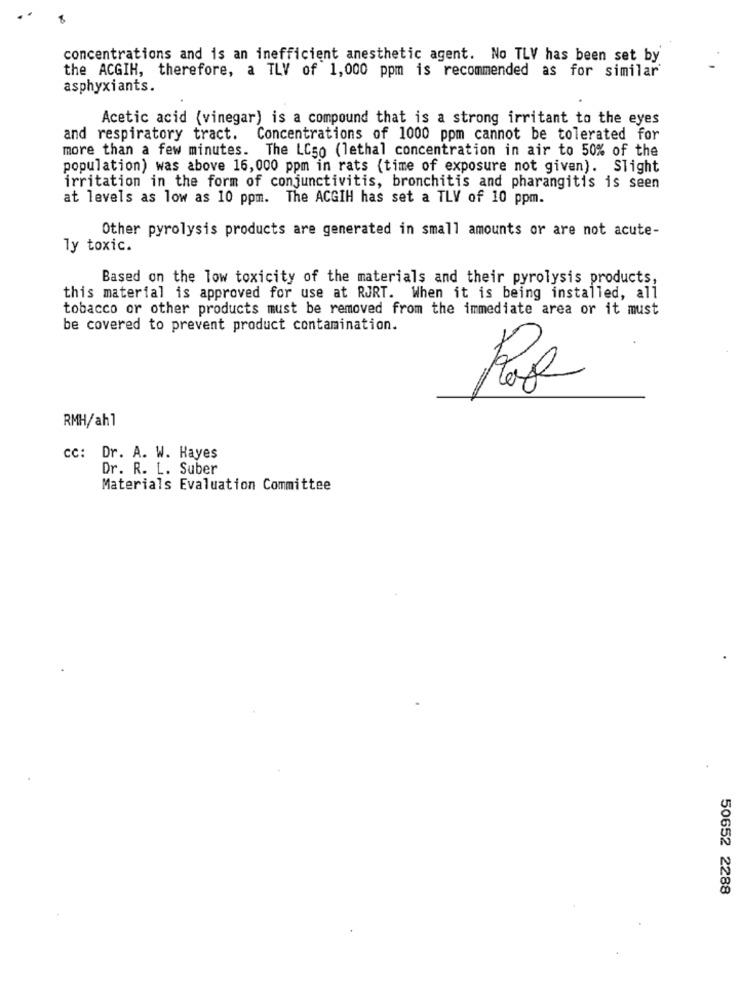
concentrations and is an inefficient anesthetic agent. No TLV has been set by
the ACGIH, therefore, a TLV of 1,000 ppm is recommended as for similar
asphyxiants.
Acetic acid (vinegar) is a compound that is a strong irritant to the eyes
and respiratory tract.
Concentrations of 1000 ppm cannot be tolerated for
more than a few minutes. The LC50 (lethal concentration in air to 50% of the
population) was above 16,000 ppm in rats (time of exposure not given). Slight
irritation in the form of conjunctivitis, bronchitis and pharangitis is seen
at levels as low as 10 ppm. The ACGIH has set a TLV of 10 ppm.
Other pyrolysis products are generated in small amounts or are not acute-
ly toxic.
Based on the low toxicity of the materials and their pyrolysis products,
this material is approved for use at RJRT. When it is being installed, all
tobacco or other products must be removed from the immediate area or it must
be covered to prevent product contamination.
RMH/ahl
CC: Dr. A. W. Hayes
Dr. R. L. Suber
Materials Evaluation Committee
50652 2288